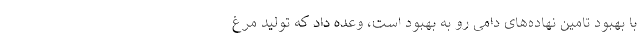
با بهبود تامین نهاده‌های دامی رو به بهبود است، وعده داد که تولید مرغ